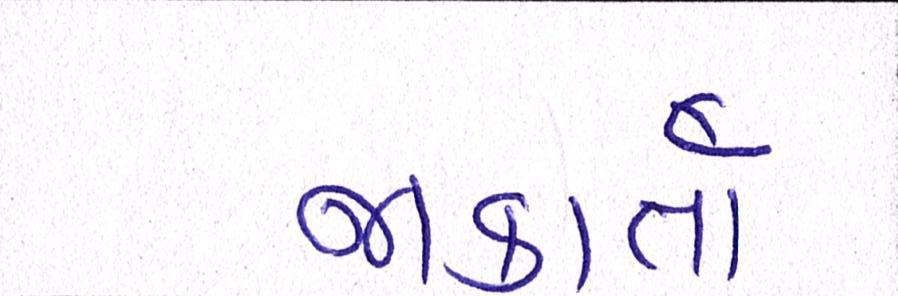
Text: જાકાર્તા